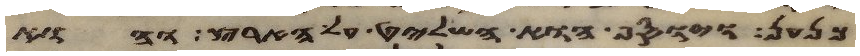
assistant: כנען ויוסף הוא השליט על הארץ והוא